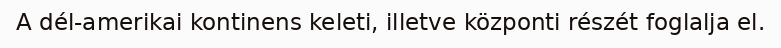
A dél-amerikai kontinens keleti, illetve központi részét foglalja el.